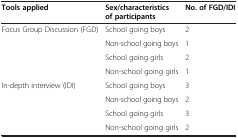
| Tools applied | Sex/characteristics of participants | No. of FGD/IDI |
 | --- | --- | --- |
 | <ROWSPAN=4> Focus Group Discussion (FGD) | School going boys | 2 |
 | Non-school going boys | 1 |
 | School going girls | 2 |
 | Non-school going girls | 1 |
 | <ROWSPAN=3> In-depth interview (IDI) | School going boys | 3 |
 | Non-school going boys | 2 |
 | School going girls | 3 |
 |  | Non-school going girls | 2 |